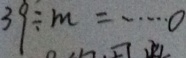
3 9 \div m = \cdots 0